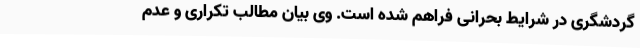
گردشگری در شرایط بحرانی فراهم شده است. وی بیان مطالب تکراری و عدم